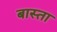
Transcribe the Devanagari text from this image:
बास्ता